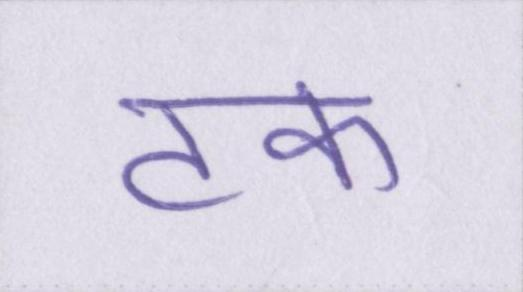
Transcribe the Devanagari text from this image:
टक